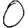
Digit: 0